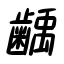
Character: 齲